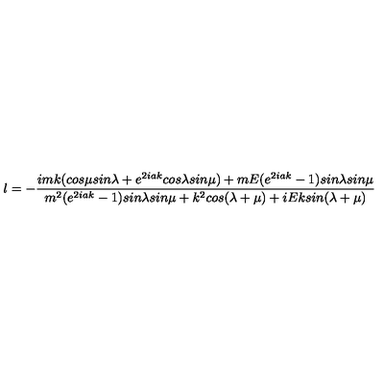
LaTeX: l = - \frac { i m k ( c o s \mu s i n \lambda + e ^ { 2 i a k } c o s \lambda s i n \mu ) + m E ( e ^ { 2 i a k } - 1 ) s i n \lambda s i n \mu } { m ^ { 2 } ( e ^ { 2 i a k } - 1 ) s i n \lambda s i n \mu + k ^ { 2 } c o s ( \lambda + \mu ) + i E k s i n ( \lambda + \mu ) }